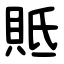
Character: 貾